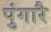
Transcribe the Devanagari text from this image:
पुंगारै